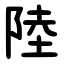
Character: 陸